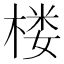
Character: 楼